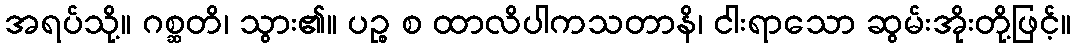
အရပ်သို့။ ဂစ္ဆတိ၊ သွား၏။ ပဉ္စ စ ထာလိပါကသတာနိ၊ ငါးရာသော ဆွမ်းအိုးတို့ဖြင့်။